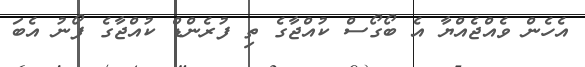
އެހެން ވެއްޖެއްޔާ އެ ބޯގޯސް ކުއްޖާގެ ތި ފުރެންޑް ކުއްޖާގެ ފޯނު އެބަ